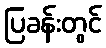
ပြခန်းတွင်